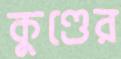
কুণ্ডের